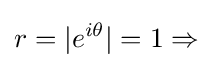
r=|e^{i\theta }|=1\Rightarrow